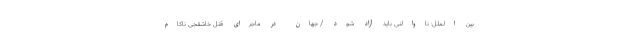
بین الملل: ناوالنی باید آزاد شود / جهان در ماجرای قتل خاشقجی ناکام